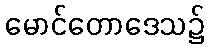
မောင်တောဒေသ၌